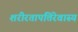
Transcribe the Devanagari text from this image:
शरीरतापत्तिरेवास्य